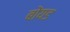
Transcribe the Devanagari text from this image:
बोंयड